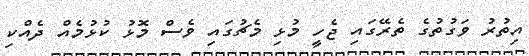
އިތުރު ވަގުތުގެ ތެރޭގައި ޖެހީ މުޅި މެޗުގައި ވެސް މޮޅު ކުޅުމެއް ދެއްކި